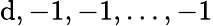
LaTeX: \mathrm{d},-1,-1,\dots,-1